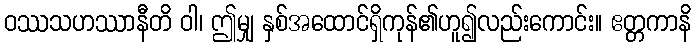
ဝဿသဟဿာနီတိ ဝါ၊ ဤမျှ နှစ်အထောင်ရှိကုန်၏ဟူ၍လည်းကောင်း။ ဧတ္တကာနိ